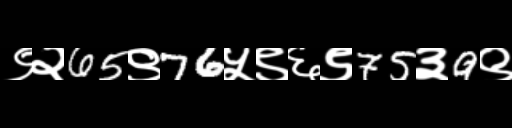
Text: ९२65९76५९६९75३9९